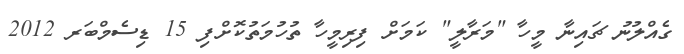
ގެއްލުނު ޗައިނާ މީހާ "މަރާލީ" ކަމަށް ފިރިމީހާ ތުހުމަތުކޮށްފި 15 ޑިސެމްބަރ 2012